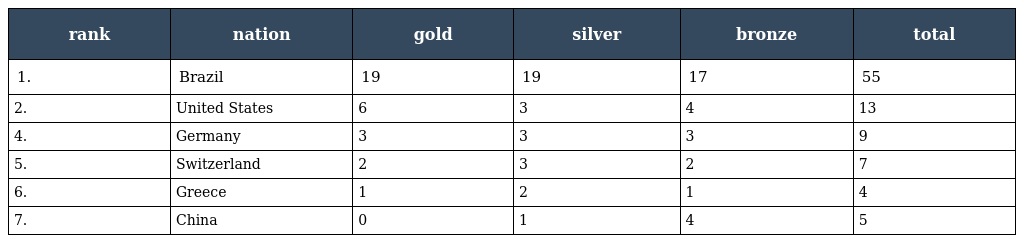
| rank | nation | gold | silver | bronze | total |
 | --- | --- | --- | --- | --- | --- |
 | 1. | Brazil | 19 | 19 | 17 | 55 |
 | 2. | United States | 6 | 3 | 4 | 13 |
 | 4. | Germany | 3 | 3 | 3 | 9 |
 | 5. | Switzerland | 2 | 3 | 2 | 7 |
 | 6. | Greece | 1 | 2 | 1 | 4 |
 | 7. | China | 0 | 1 | 4 | 5 |